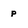
Character: p